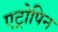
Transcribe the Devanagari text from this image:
एट्रोपिन